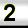
Digit: 2